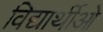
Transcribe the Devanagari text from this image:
विद्यार्थीओ